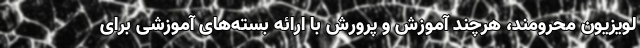
لویزیون محرومند، هرچند آموزش و پرورش با ارائه بسته‌های آموزشی برای